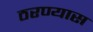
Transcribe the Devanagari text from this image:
ठरण्यास